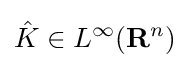
{\hat {K}}\in L^{\infty }(\mathbf {R} ^{n})